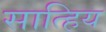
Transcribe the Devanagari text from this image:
सात्हिय